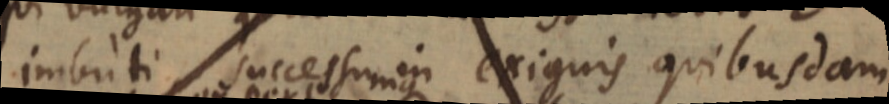
imbuti successu in exiguis quibusdam